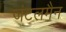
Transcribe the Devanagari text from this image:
जंटलमैन